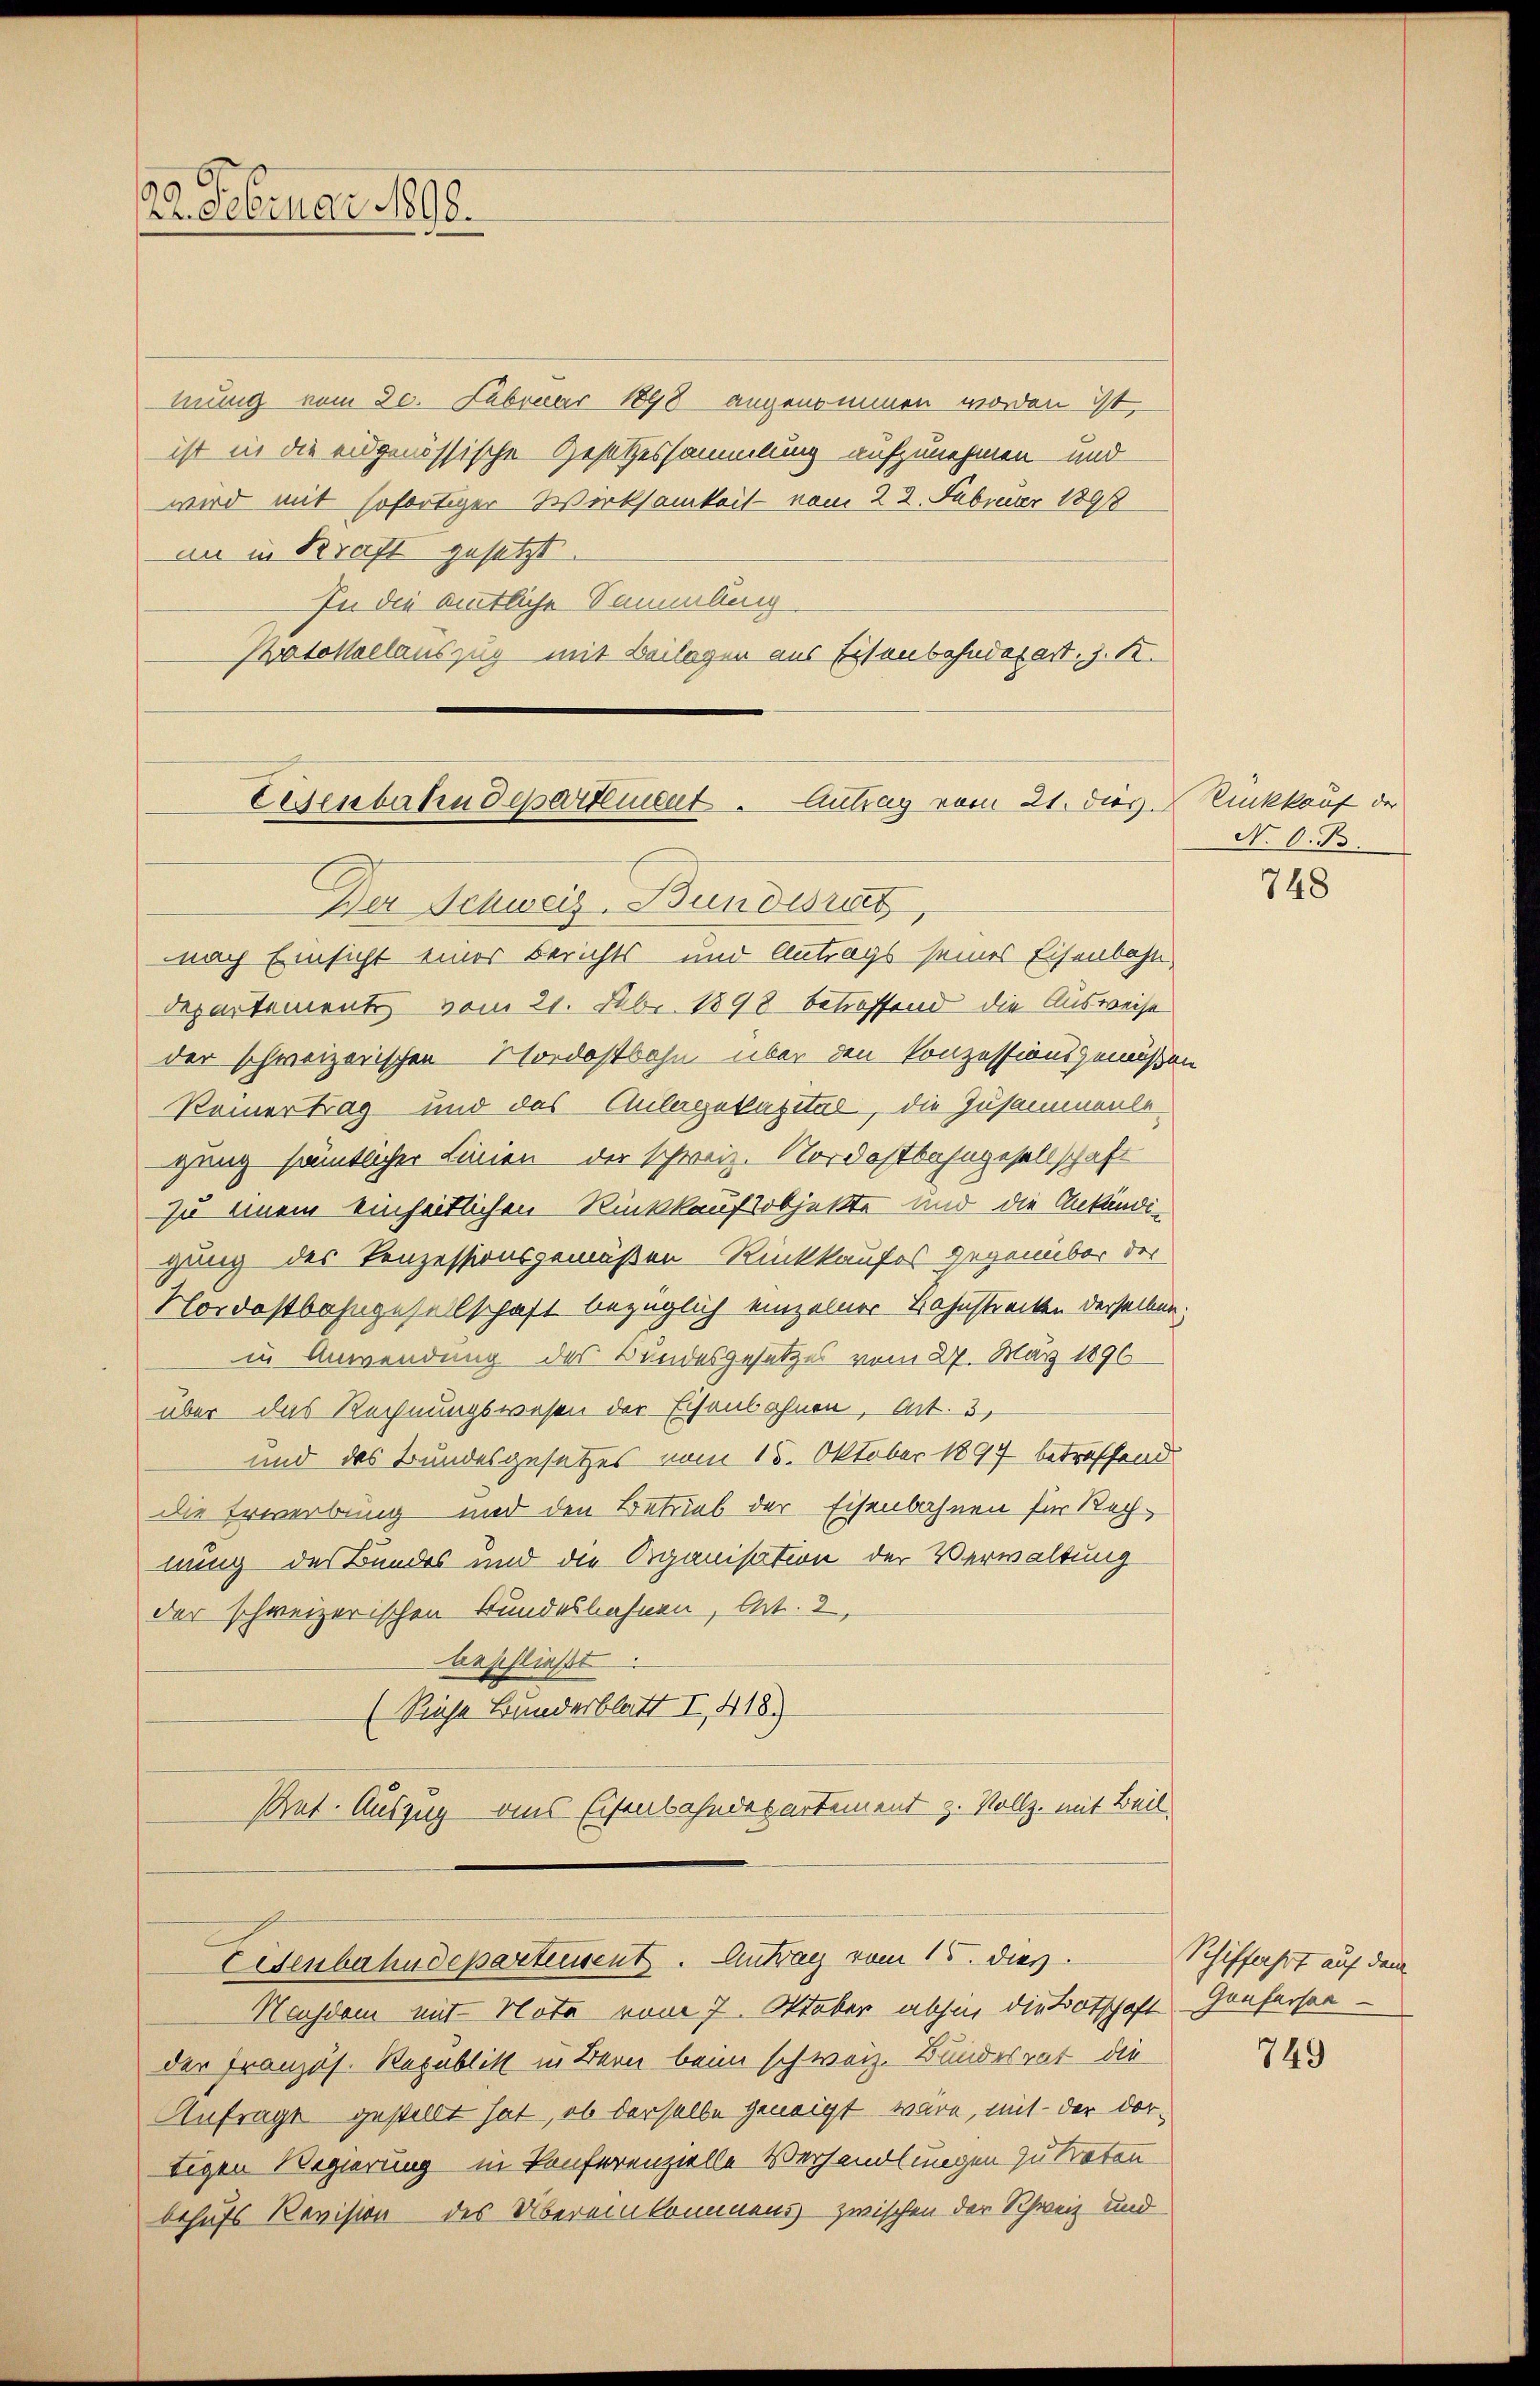
22. Februar 1890.

mung vom 30. Februar 1898 angenommen worden ist,
ist in die eidgenössische Gesetzessammlung aufzunehmen- und
wird mit sofortiger Wirksamkeit vom 22. Februar 1891
an in Kraft gesetzt
In die amtliche Sammlung
Protokollauszug mit Beilagen aus Eisenbahnderart, z. B.

Fenbahndepartement. Antrag vom 21. dies
Der Schweiz. Bundesrat

Eisenbahndeparteisent. Antrag vom 15. dies

nach Einsicht einer Berichts- und Antrags seines Eisenbahn
Departement vom 21. Febr. 1898 betroffend die Ausweise
der schweizerischen Nordostbahn über den Konzessionsgemäßen
Keiner Trag- und das Anlagekapital, die Zusammenlegang sämtlicher Linien der schweiz. Nordostbahngesellschaft
zu einem einheitlichen Rückkaufsobjekte und die Ankändigung des Konzessionsgemäßen-Rückkaufes gegenüber der
Nordostbahngesellschaft bezüglich einzelner Bahnstrecken derselben.
in Anwendung des Bundesgesetzes vom 27. März 1896
über das Rechnungswesen der Eisenbahnen, Art. 3,
und des Bundesgesetzes vom 15. Oktober 1897 betreffend
die Erwerbung und den Betrieb der Eisenbahnen für Rechnung des Bundes und die Organisation der Verwaltung
der schweizerischen Stundesbahnen, Art. 2,
beschließt
(Siehe Bunderblatt I 418.)
Ant. Auszug aus Eisenbahndepartement z. Vollz. mit Beil

Nachdem mit Nota vom 7. Oktober abhin die Botschaft
der Französ. Republik in Bern beim schweiz. Bundesrat die
Anfrage gestellt hat, ob derselbe geneigt wäre, mit der dortigen Regierung in Konferenzielle Verhandlungen zu treten.
behufs Revision des Übereinkommens zwischen der Schweiz und

Rückkauf der
N. O. B

748

Schiffahrt auf dem
Grafersaa

749